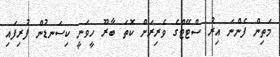
މަތިން ފެންނަ އިރު ސްޓޭޓްގެ ވެރިރަށް ކޮތަ ބާރޫ ހީވަނީ ކިސަނޑުން ފުރިފައި